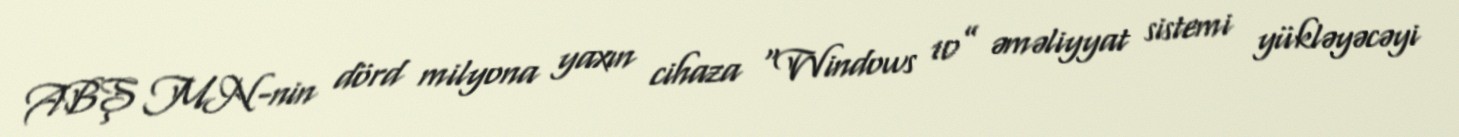
ABŞ MN-nin dörd milyona yaxın cihaza “Windows 10” əməliyyat sistemi yükləyəcəyi